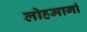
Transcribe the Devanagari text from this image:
लोहमार्गां